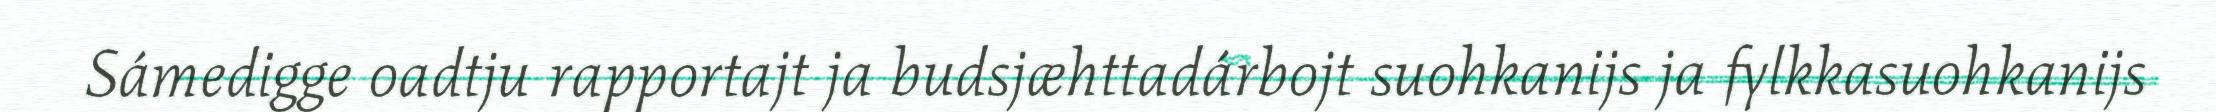
Sámedigge oadtju rapportajt ja budsjæhttadárbojt suohkanijs ja fylkkasuohkanijs